Annual report of the Punjab Veterinary College and of the Civil Veterinary Department, Punjab - 1926-1932
Year: 1926
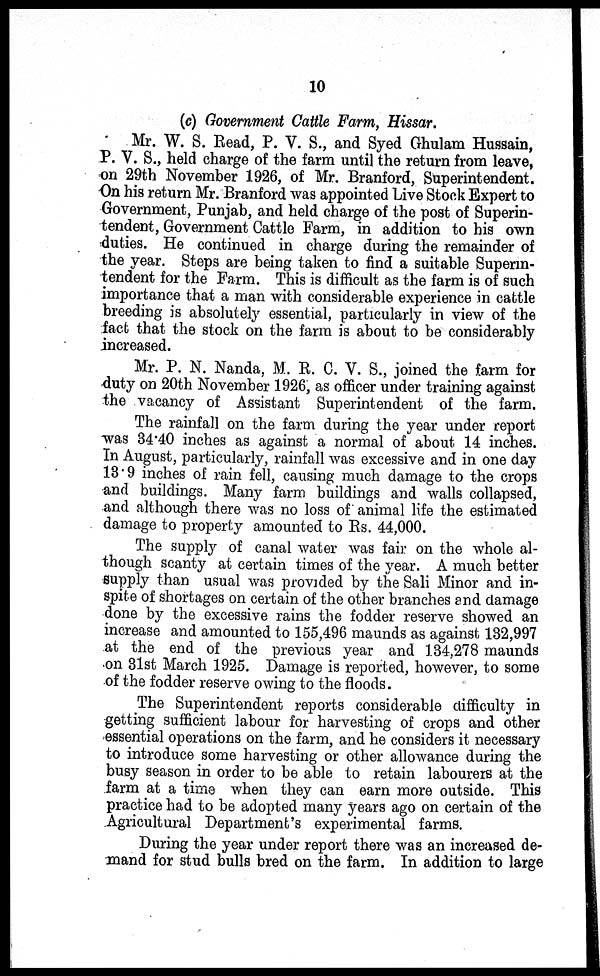
10
(c) Government Cattle Farm, Hissar.
Mr. W. S. Read, P. V. S., and Syed Ghulam Hussain,
P. V. S., held charge of the farm until the return from leave,
on 29th November 1926, of Mr. Branford, Superintendent.
On his return Mr. Branford was appointed Live Stock Expert to
Government, Punjab, and held charge of the post of Superin-
tendent, Government Cattle Farm, in addition to his own
duties. He continued in charge during the remainder of
the year. Steps are being taken to find a suitable Superin-
tendent for the Farm. This is difficult as the farm is of such
importance that a man with considerable experience in cattle
breeding is absolutely essential, particularly in view of the
fact that the stock on the farm is about to be considerably
increased.
Mr. P. N. Nanda, M. R. C. V. S., joined the farm for
duty on 20th November 1926, as officer under training against
the vacancy of Assistant Superintendent of the farm.
The rainfall on the farm during the year under report
was 34.40 inches as against a normal of about 14 inches.
In August, particularly, rainfall was excessive and in one day
13.9 inches of rain fell, causing much damage to the crops
and buildings. Many farm buildings and walls collapsed,
and although there was no loss of animal life the estimated
damage to property amounted to Rs. 44,000.
The supply of canal water was fair on the whole al-
though scanty at certain times of the year. A much better
supply than usual was provided by the Sali Minor and in-
spite of shortages on certain of the other branches and damage
done by the excessive rains the fodder reserve showed an
increase and amounted to 155,496 maunds as against 132,997
at the end of the previous year and 134,278 maunds
on 31st March 1925. Damage is reported, however, to some
of the fodder reserve owing to the floods.
The Superintendent reports considerable difficulty in
getting sufficient labour for harvesting of crops and other
essential operations on the farm, and he considers it necessary
to introduce some harvesting or other allowance during the
busy season in order to be able to retain labourers at the
farm at a time when they can earn more outside. This
practice had to be adopted many years ago on certain of the
Agricultural Department's experimental farms.
During the year under report there was an increased de-
mand for stud bulls bred on the farm. In addition to large